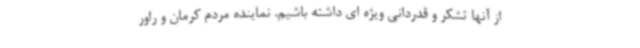
از آنها تشکر و قدردانی ویژه ای داشته باشیم. نماینده مردم کرمان و راور